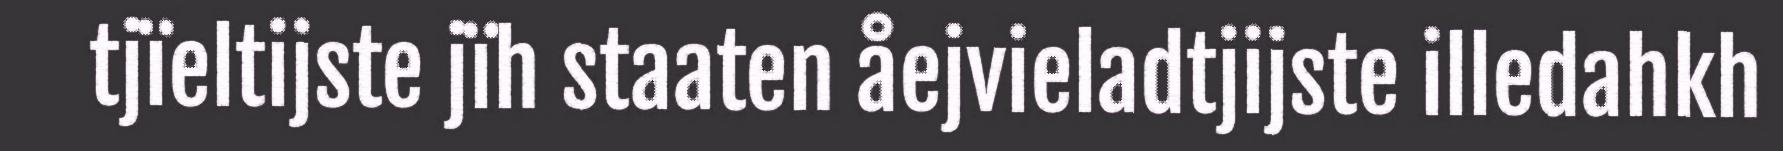
tjïeltijste jïh staaten åejvieladtjijste illedahkh